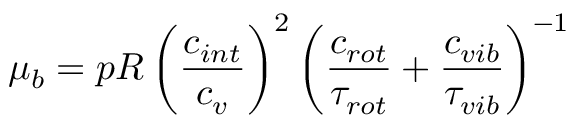
\mu _ { b } = p R \left( \frac { c _ { i n t } } { c _ { v } } \right) ^ { 2 } \left( \frac { c _ { r o t } } { \tau _ { r o t } } + \frac { c _ { v i b } } { \tau _ { v i b } } \right) ^ { - 1 }